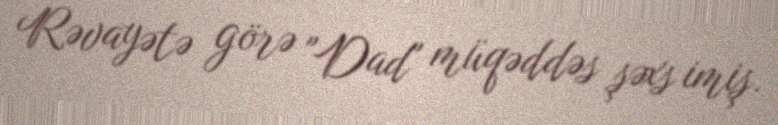
Rəvayətə görə "Dad" müqəddəs şəxs imiş.